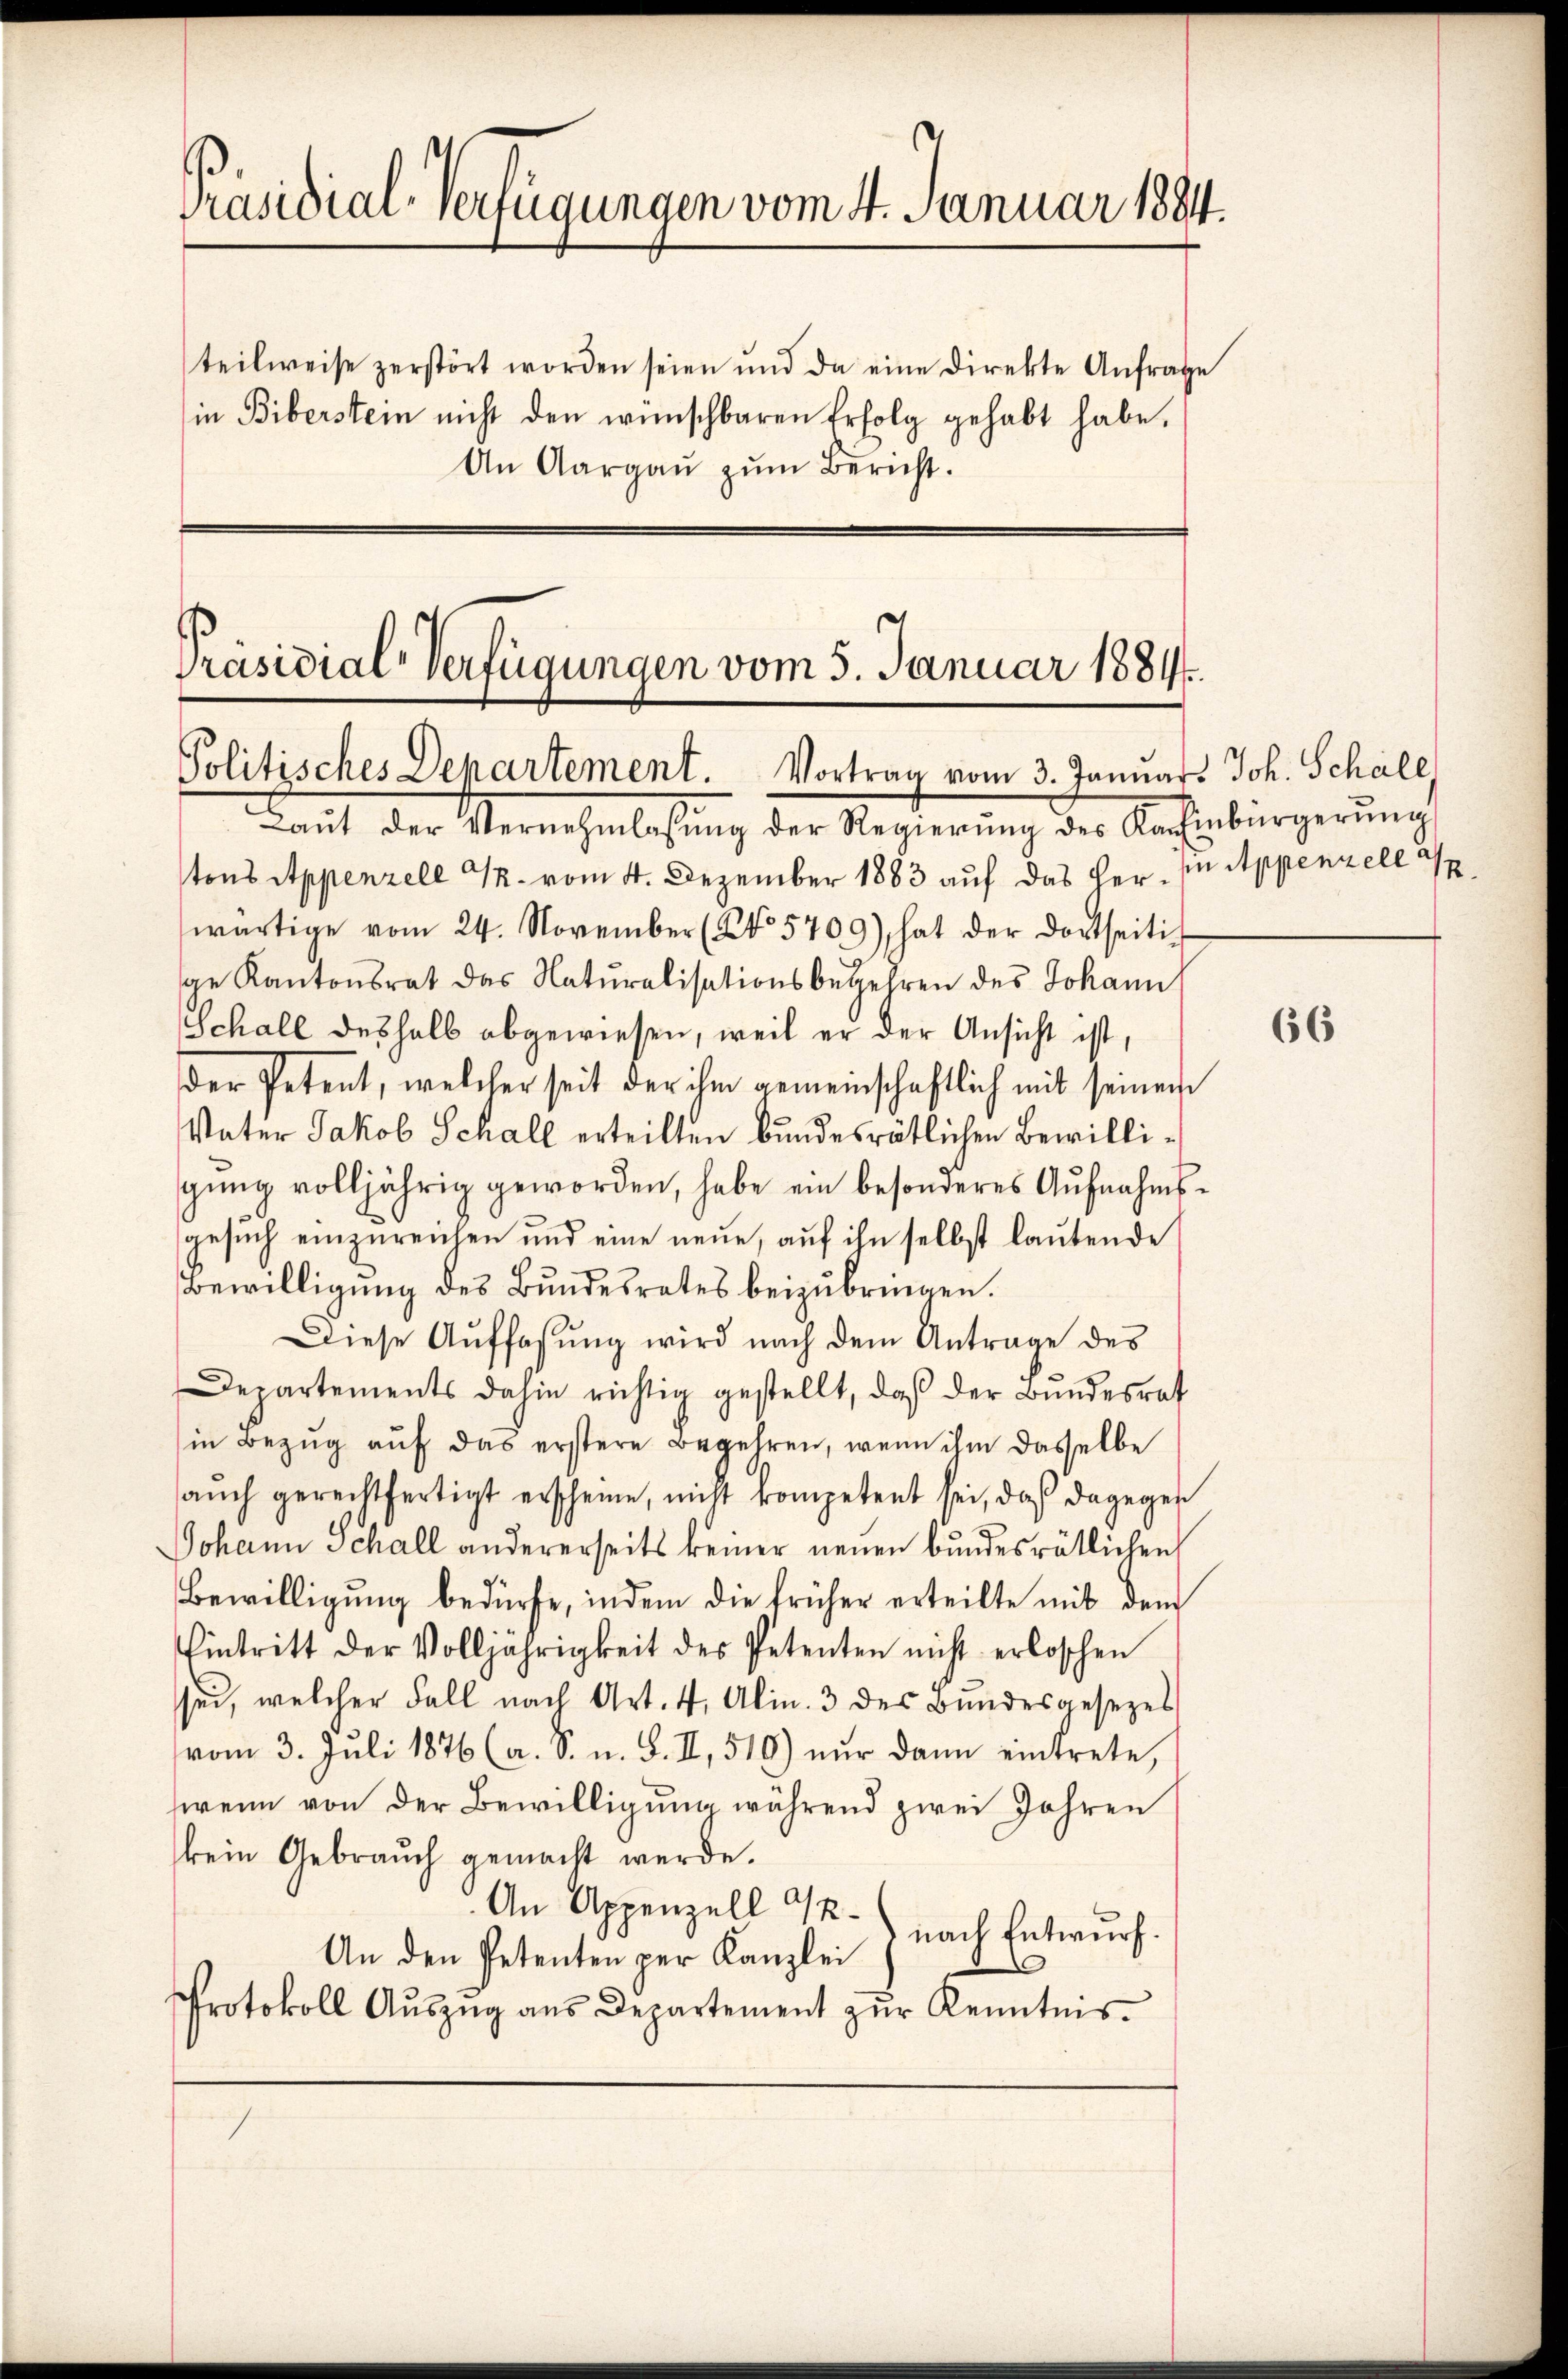
Präsidial-Verfügungen vom 4. Januar 1894.

An Aargaŭ zŭm Bericht.

teilweise zerstört worden seien und da eine direkte Anfrage
in Biberstein nicht den wünschbaren Erfolg gehabt habe.

tons Appenzell M. vom 4. Dezember 1883 auf das her. In Appenzell
wärtige vom 24. November (No 5709), hat der dortseitig
ge Kantonsrat des Naturalisationsbegehren des Johann
Schall deshalb abgewiesen, weil er der Ansicht ist,
der Petent, welcher seit der ihm gemeinschaftlich mit seinem
Vater Jakob Schall erteilten bundesrätlichen Bewilligŭng volljährig geworden, habe ein besonderes Aufnahmsgesuch einzureichen und eine neue, auf ihn selbst lautende
Bewilligung des Bundesrates beizubringen.
Diese Auffassung wird nach dem Antrage des
Departements dahin richtig gestellt, daβ der Bŭndesrat
in Bezug auf das erstere Begehren, wenn ihm dasselbe
aŭch gerechtfertigt erscheine, nicht kompetent sei, daß dagegen
Johann Schall andererseits keiner neuen bŭndesrätlichen
Bewilligung bedürfe, indem die früher erteilte mit dem
Eintritt der Volljährigkeit des Petenten nicht erloschen
sei, welcher Fall nach Art. 4, Alin. 3 des Bundesgesezes
vom 3. Juli 1876 (a. S. u. S. II, 510) nur dann eintrete,
wenn von der Bewilligung während zwei Jahren
kein Gebrauch gemacht werde.
An Appenzell Aknach Entwurf.
An den Petenten per Kanzlei
Protokoll Aŭszŭg aŭs Departement zŭr Kenntnis-
uf

Präsidial-Verfügungen vom 5. Januar 1884.
Politisches Departement. Vortrag vom 3. Januar. Joh. Schale
Laut der Vernehmlassŭng der Regierŭng des Kochenbürgerŭng

66